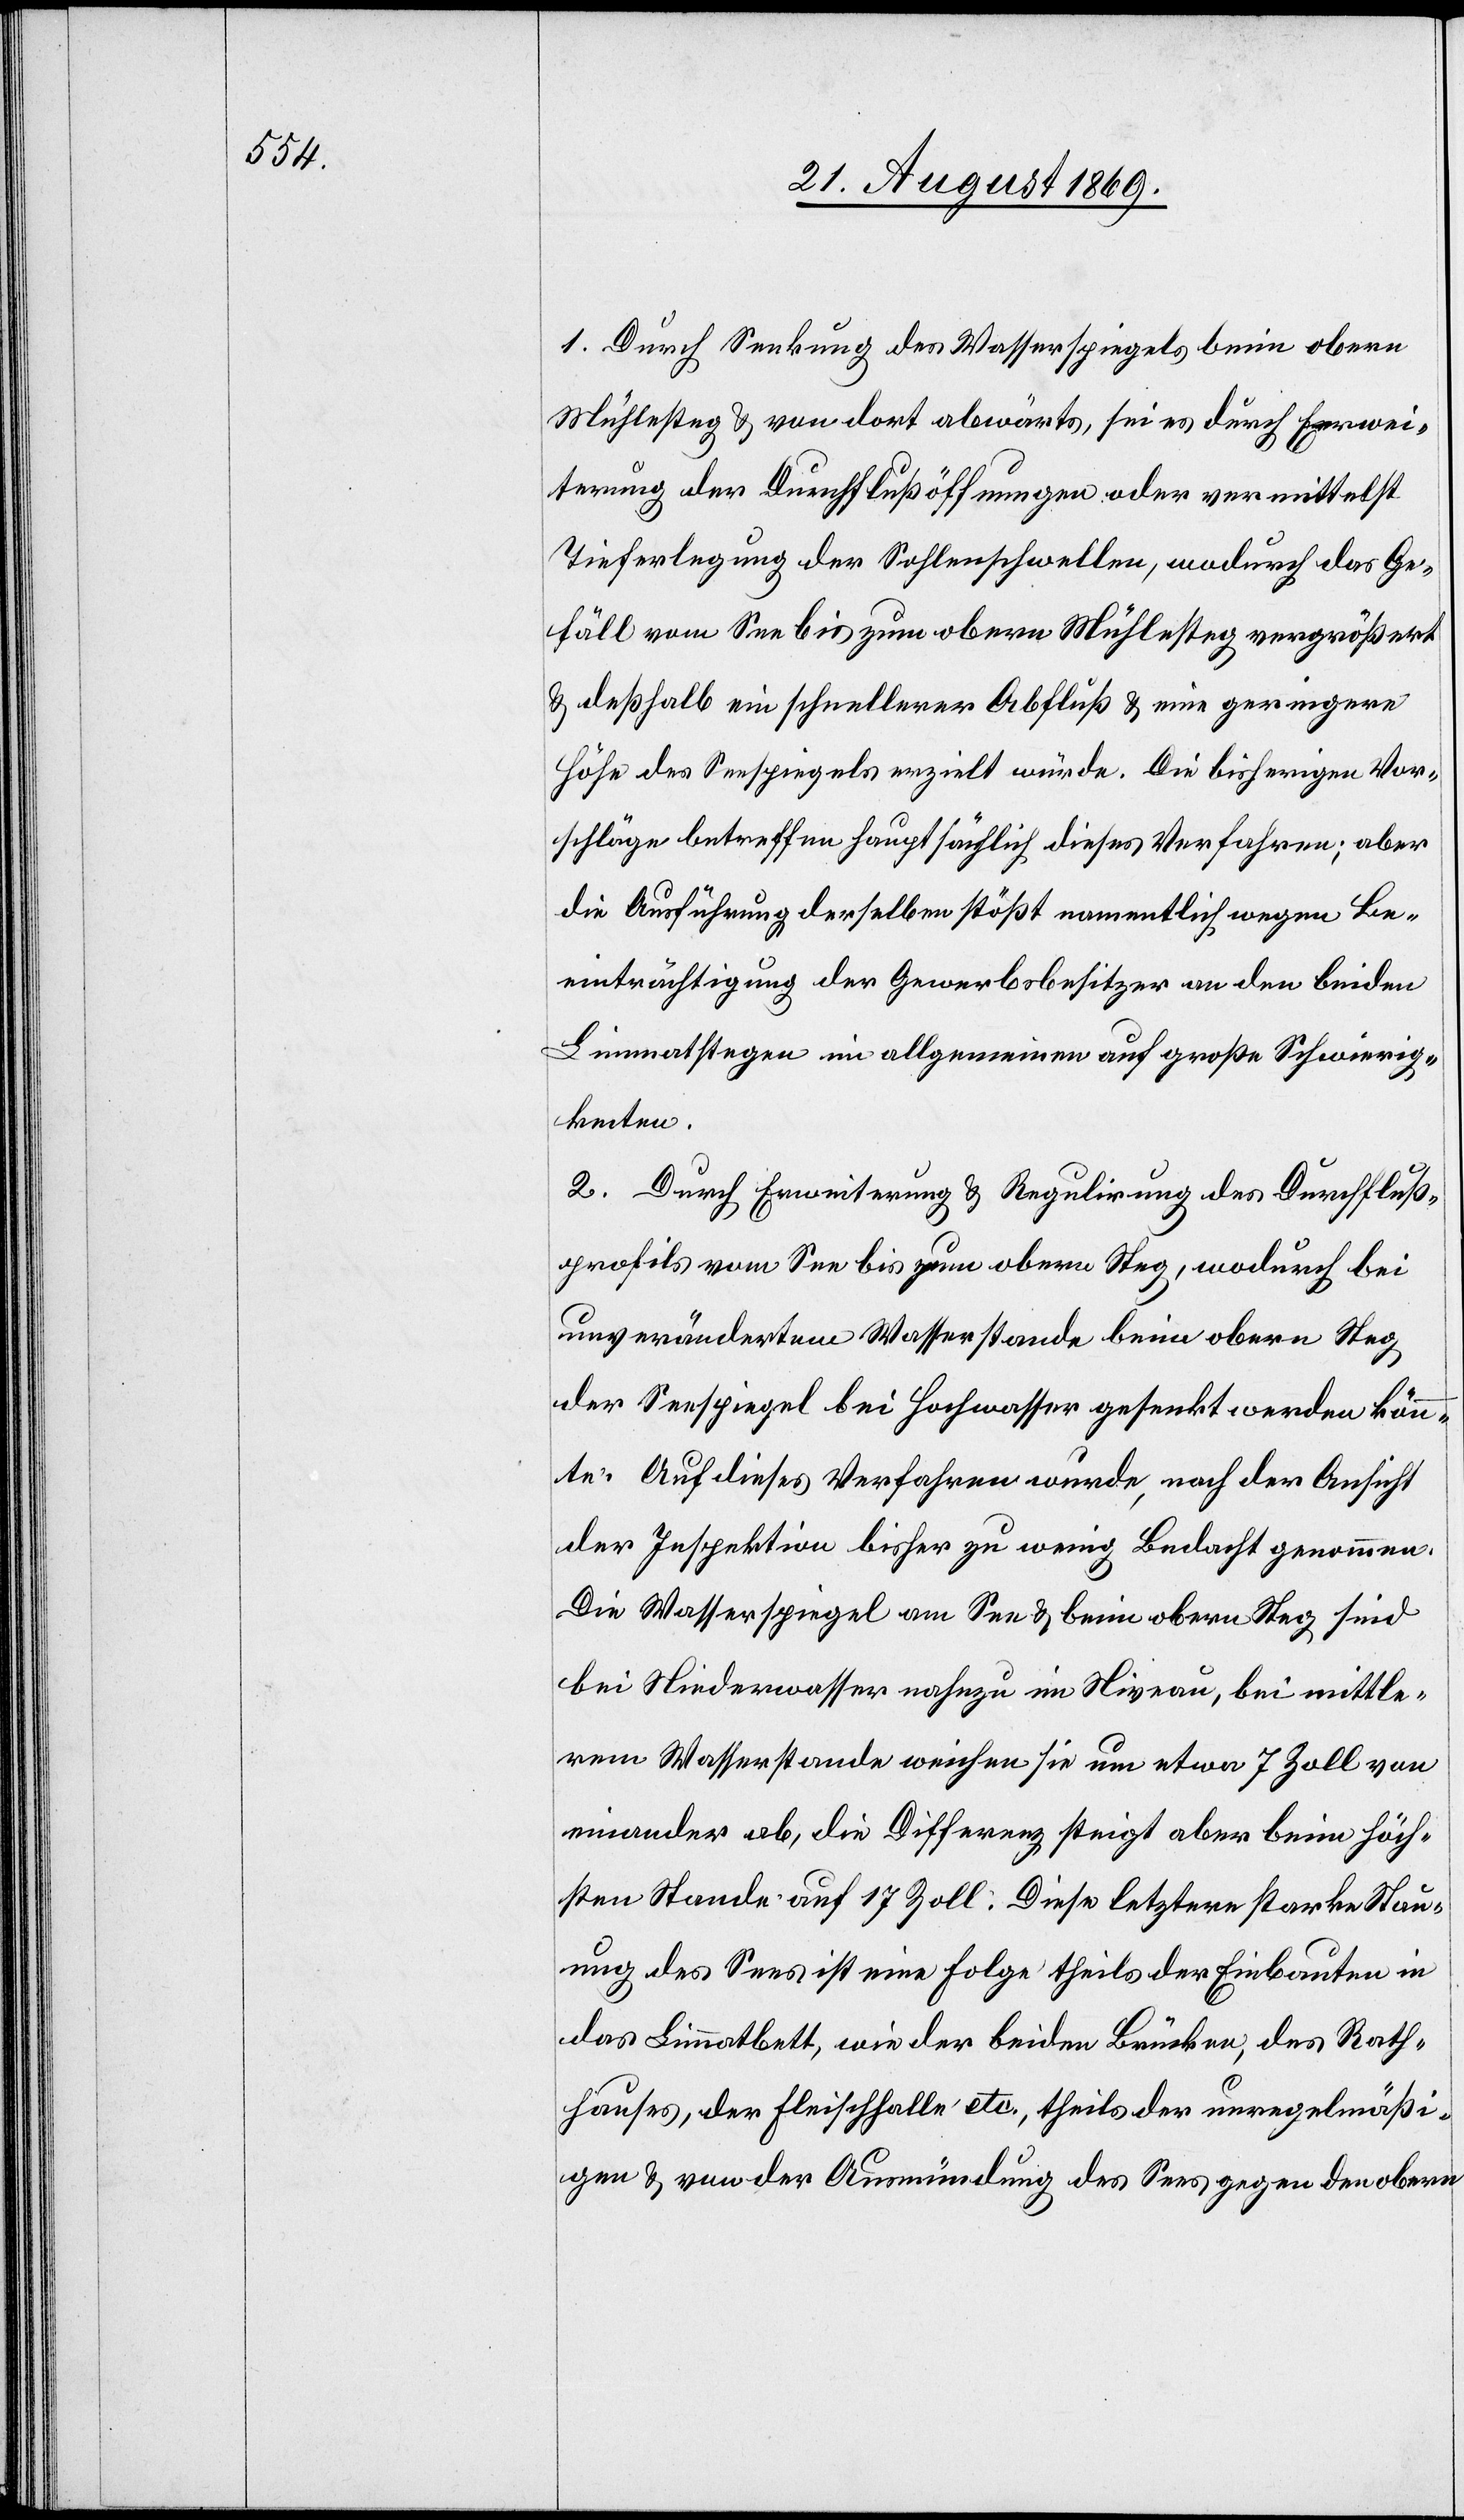
1. Durch Senkung des Wasserspiegels beim obern
Mühlesteg & von dort abwärts, sei es durch Erwei¬
terung der Durchflußöffnungen oder vermittelst
Tieferlegung der Sohlenschwellen, wodurch das Ge¬
fäll vom See bis zum obern Mühlesteg vergrößert
& deßhalb ein schnellerer Abfluß & eine geringere
Höhe des Seespiegels erzielt würde. Die bisherigen Vor¬
schläge betreffen hauptsächlich dieses Verfahren; aber
die Ausführung derselben stößt namentlich wegen Be¬
einträchtigung der Gewerbsbesitzer an den beiden
Limmatstegen im allgemeinen [sic!] auf große Schwierig¬
keiten.
2. Durch Erweiterung & Regulirung des Durchfluß¬
profils vom See bis zum obern Steg, wodurch bei
unverändertem Wasserstande beim obern Steg
der Seespiegel bei Hochwasser gesenkt werden könn¬
te. Auf dieses Verfahren wurde, nach der Ansicht
der Inspektion bisher zu wenig Bedacht genommen.
Die Wasserspiegel am See & beim obern Steg sind
bei Niederwasser nahezu im Niveau, bei mittle¬
rem Wasserstande weichen sie um etwa 7 Zoll von
einander ab, die Differenz steigt aber beim höch¬
sten Stande auf 17 Zoll. Diese letztere starke Stau¬
ung des Sees ist eine Folge theils der Einbauten in
das Limmatbett, wie der beiden Brücken, des Rath¬
hauses, der Fleischhalle etc., theils der unregelmäßi¬
gen & von der Ausmündung des Sees gegen den obern